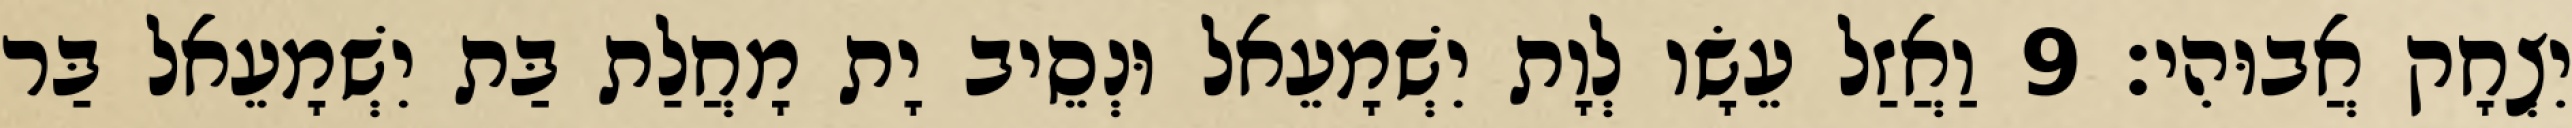
יִצְחָק אֲבוּהִי׃ 9 וַאֲזַל עֵשָׂו לְוָת יִשְׁמָעֵאל וּנְסֵיב יָת מָחֲלַת בַּת יִשְׁמָעֵאל בַּר